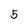
Character: 5